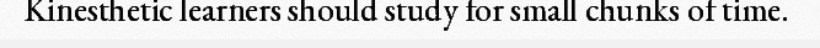
Kinesthetic learners should study for small chunks of time.